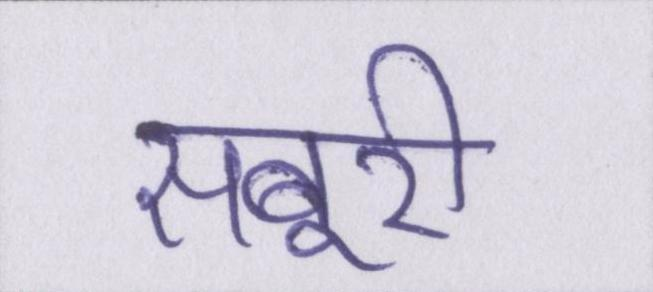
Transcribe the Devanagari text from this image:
सबूरी